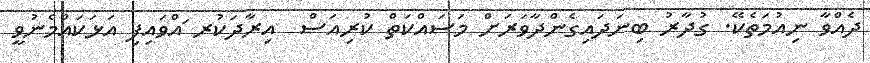
ދެއްވާ ނިއުމަތެކޭ. ގުދާރު ބިނަދައިގެންދާވަރަށް މަސައްކަތް ކުރިއަސް  އިރާދަކުރ ައްވައިފި އަޅަކައްމެނުވީ